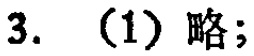
3. （1）略；